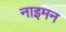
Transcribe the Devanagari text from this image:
नाइमन